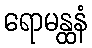
ရောမန္ထနံ